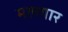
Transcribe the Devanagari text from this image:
मलगार